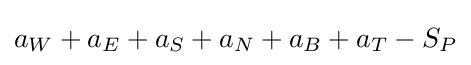
a_{W}+a_{E}+a_{S}+a_{N}+a_{B}+a_{T}-S_{P}